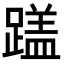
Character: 𬧏